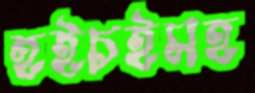
হইচইসহ